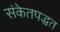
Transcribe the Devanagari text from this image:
संकेतपद्धत